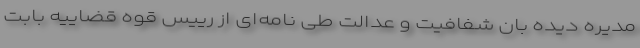
مدیره دیده بان شفافیت و عدالت طی نامه‌ای از رییس قوه قضاییه بابت